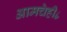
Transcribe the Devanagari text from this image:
आमचेही८